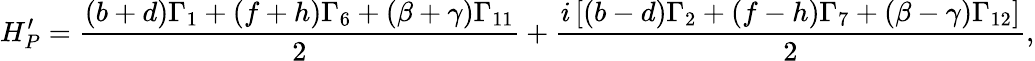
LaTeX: H_{P}^{\prime}=\frac{(b+d)\Gamma_{1}+(f+h)\Gamma_{6}+(\beta+\gamma)\Gamma_{11}}{2}+\frac{i\left[(b-d)\Gamma_{2}+(f-h)\Gamma_{7}+(\beta-\gamma)\Gamma_{12}\right]}{2},